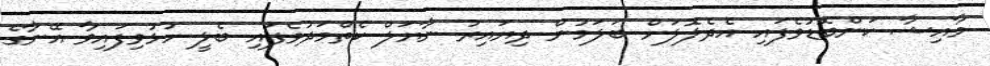
މާއިޝާ ކަންބޮޑުވެފައި އެދެލޮލަށް ބަލަމުން ދިޔައިރު ނާޔަލް ކެތްމަދުވެފައި ބެލީ ހުޅުވިފައިވާ އޭނާގެ